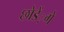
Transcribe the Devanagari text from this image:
छोडें़गे